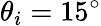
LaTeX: \theta_{i}=15^{\circ}